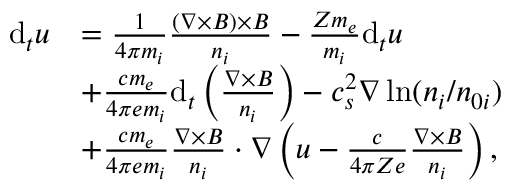
\begin{array} { r l } { \mathrm { d } _ { t } \boldsymbol { u } } & { = \frac { 1 } { 4 \pi m _ { i } } \frac { ( \nabla \times \boldsymbol { B } ) \times \boldsymbol { B } } { n _ { i } } - \frac { Z m _ { e } } { m _ { i } } \mathrm { d } _ { t } \boldsymbol { u } } \\ & { + \frac { c m _ { e } } { 4 \pi e m _ { i } } \mathrm { d } _ { t } \left( \frac { \nabla \times \boldsymbol { B } } { n _ { i } } \right) - c _ { s } ^ { 2 } \nabla \ln ( n _ { i } / n _ { 0 i } ) } \\ & { + \frac { c m _ { e } } { 4 \pi e m _ { i } } \frac { \nabla \times \boldsymbol { B } } { n _ { i } } \cdot \nabla \left( \boldsymbol { u } - \frac { c } { 4 \pi Z e } \frac { \nabla \times \boldsymbol { B } } { n _ { i } } \right) , } \end{array}